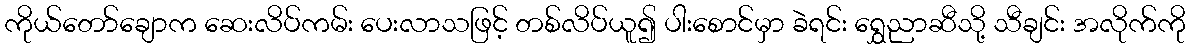
ကိုယ်တော်ချောက ဆေးလိပ်ကမ်း ပေးလာသဖြင့် တစ်လိပ်ယူ၍ ပါးစောင်မှာ ခဲရင်း ရွှေညာဆီသို့ သီချင်း အလိုက်ကို